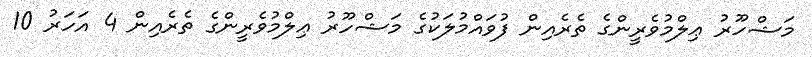
މަޝްހޫރު ޢިލްމުވެރީންގެ ތެރެއިން ފުވައްމުލަކުގެ މަޝްހޫރު ޢިލްމުވެރީންގެ ތެރެއިން 4 އަހަރު 10